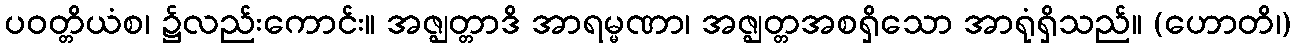
ပဝတ္တိယံစ၊ ၌လည်းကောင်း။ အဇ္ဈတ္တာဒိ အာရမ္မဏာ၊ အဇ္ဈတ္တအစရှိသော အာရုံရှိသည်။ (ဟောတိ၊)